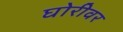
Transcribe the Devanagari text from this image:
घोरीवर